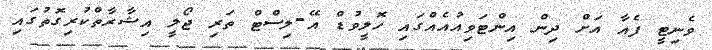
ވެނިޓީ ފެއާ އަށް ދިން އިންޓަވިއުއެއްގައި ހޮލީވުޑް އޭ-ލިސްޓް ތަރި ޖޯލީ އިޝާރާތްކުރިގޮތުގައި